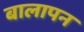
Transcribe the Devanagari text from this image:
बालापन